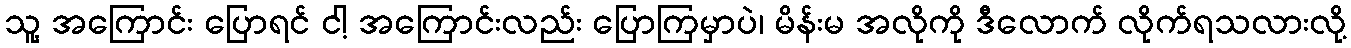
သူ့ အကြောင်း ပြောရင် ငါ့ အကြောင်းလည်း ပြောကြမှာပဲ၊ မိန်းမ အလိုကို ဒီလောက် လိုက်ရသလားလို့